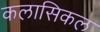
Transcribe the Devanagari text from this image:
कलासिकल